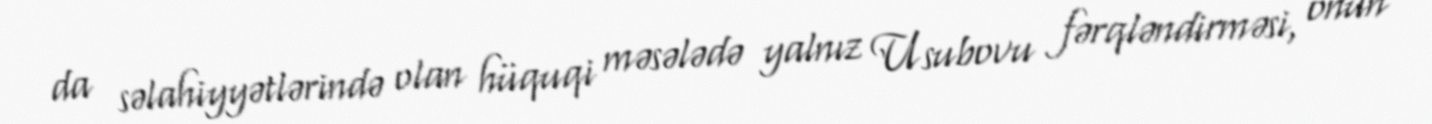
da səlahiyyətlərində olan hüquqi məsələdə yalnız Usubovu fərqləndirməsi, onun